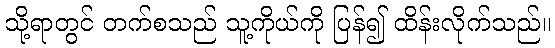
သို့ရာတွင် တက်စသည် သူ့ကိုယ်ကို ပြန်၍ ထိန်းလိုက်သည်။